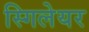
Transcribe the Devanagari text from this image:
स्गिलेयर